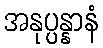
အနုပ္ပန္နာနံ